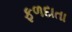
ફળદાતા